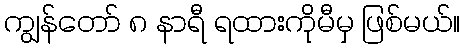
ကျွန်တော် ၈ နာရီ ရထားကိုမီမှ ဖြစ်မယ်။